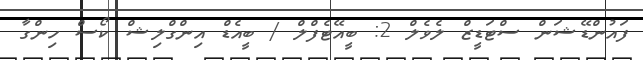
ފައުންޑޭޝަން ސްޓަޑީޒް ލެވެލް 2: ބީއޭޓެފްލް / ބީއެޑް އިންގްލިޝް ކޯސް ހިންގާ